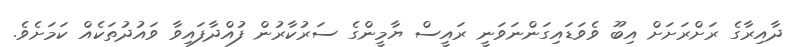
ދާއިރާގެ ރަށްރަށަށް އިބޫ ވެވަޑައިގަންނަވަނީ ރައީސް ޔާމީންގެ ސަރުކާރުން ފުއްދާފައިވާ ވައުދުތަކެއް ކަމަށެވެ.